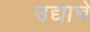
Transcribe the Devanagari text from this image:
उद्याचे